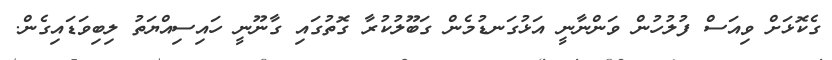
ގެކޮޅަށް ވިއަސް ފުލުހުން ވަންނާނީ އަޅުގަނޑުމެން ގަބޫލުކުރާ ގޮތުގައި ގާނޫނީ ހައިސިއްޔަތު ލިބިވަޑައިގެން.